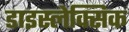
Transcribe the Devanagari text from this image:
डाइस्लेक्सिक